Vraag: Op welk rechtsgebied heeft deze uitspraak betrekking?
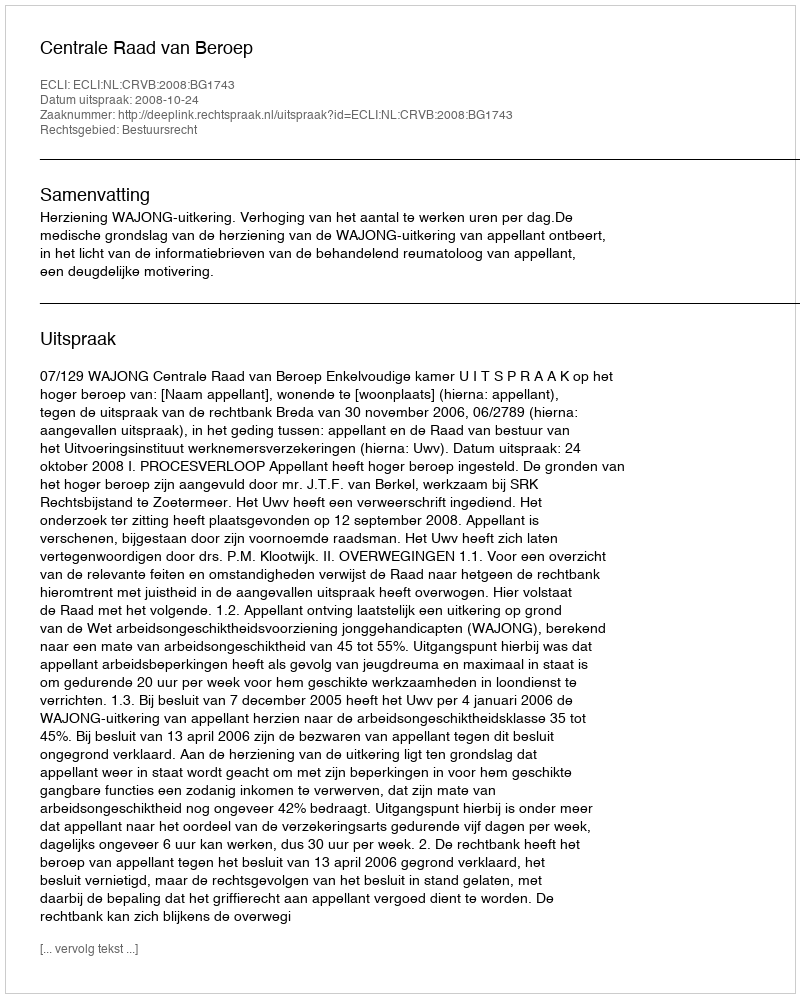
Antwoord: Bestuursrecht